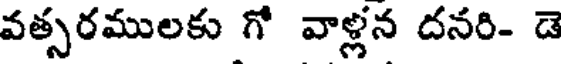
వత్సరములకు గో వాళ్లన దనరి- డె